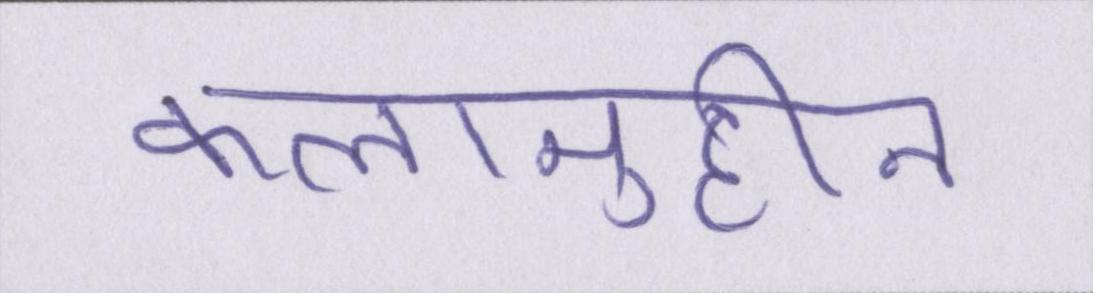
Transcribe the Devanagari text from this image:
कलामुद्दीन